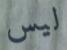
ليس